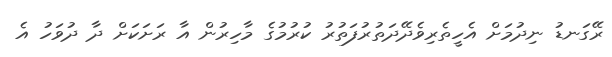
ރޭގަނޑު ނިދުމަށް އެހީތެރިވެދޭދަތުރުފަތުރު ކުރުމުގެ މާހިރުން އާ ރަށަކަށް ދާ ދުވަހު އެ